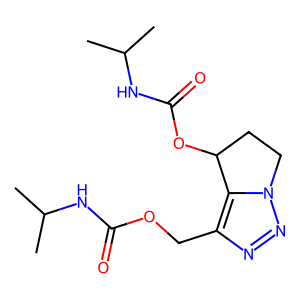
SMILES: CC(C)NC(=O)OCc1nnn2c1C(OC(=O)NC(C)C)CC2
Inhibits HIV replication: No